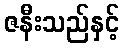
ဇနီးသည်နှင့်